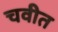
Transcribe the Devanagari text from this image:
चवीत